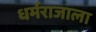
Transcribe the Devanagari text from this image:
धर्मराजाला